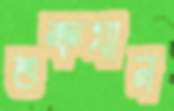
শুক্রযান